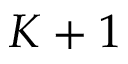
K + 1